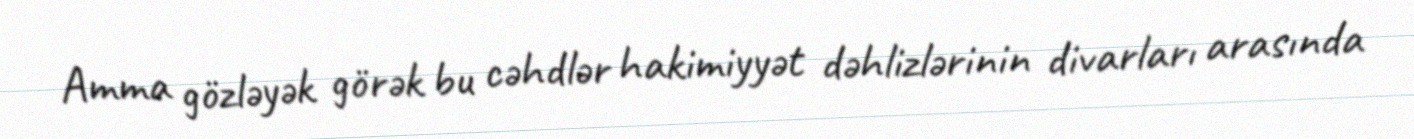
Amma gözləyək görək bu cəhdlər hakimiyyət dəhlizlərinin divarları arasında